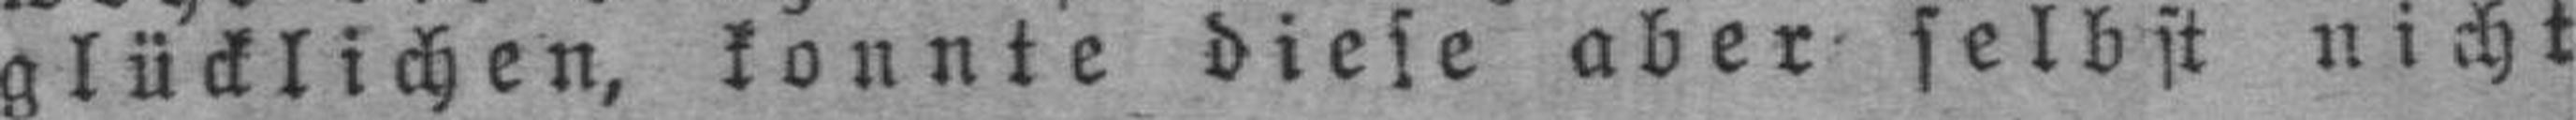
glücklichen, konnte diese aber selbst nicht